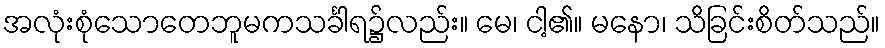
အလုံးစုံသောတေဘူမကသင်္ခါရ၌လည်း။ မေ၊ ငါ့၏။ မနော၊ သိခြင်းစိတ်သည်။